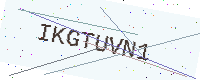
Text: IKGTUVN1